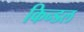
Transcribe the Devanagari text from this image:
किन्डल